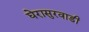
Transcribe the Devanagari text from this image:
घेरासुरवाडी